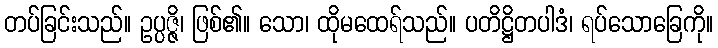
တပ်ခြင်းသည်။ ဥပ္ပဇ္ဇိ၊ ဖြစ်၏။ သော၊ ထိုမထေရ်သည်။ ပတိဋ္ဌိတပါဒံ၊ ရပ်သောခြေကို။